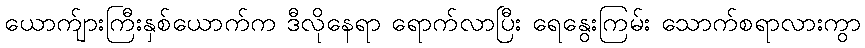
ယောက်ျားကြီးနှစ်ယောက်က ဒီလိုနေရာ ရောက်လာပြီး ရေနွေးကြမ်း သောက်စရာလားကွာ